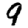
Digit: 9